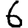
Digit: 6